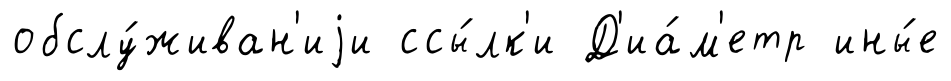
обслу́живан'иjи ссы́лк'и Д'иа́м'етр ины́е